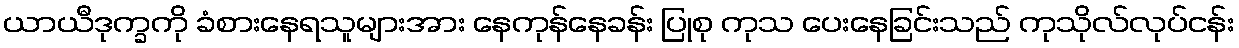
ယာယီဒုက္ခကို ခံစားနေရသူများအား နေကုန်နေခန်း ပြုစု ကုသ ပေးနေခြင်းသည် ကုသိုလ်လုပ်ငန်း